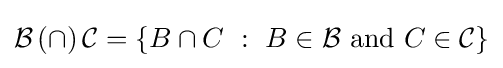
{\mathcal {B}}\,(\cap )\,{\mathcal {C}}=\{B\cap C~:~B\in {\mathcal {B}}{\text{ and }}C\in {\mathcal {C}}\}